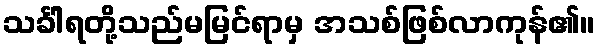
သင်္ခါရတို့သည်မမြင်ရာမှ အသစ်ဖြစ်လာကုန်၏။